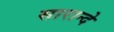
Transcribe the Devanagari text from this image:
सारान्दे